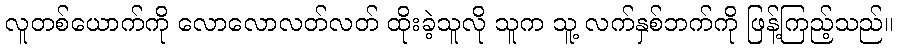
လူတစ်ယောက်ကို လောလောလတ်လတ် ထိုးခဲ့သူလို သူက သူ့ လက်နှစ်ဘက်ကို ဖြန့်ကြည့်သည်။